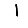
Digit: 1